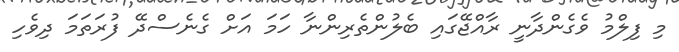
މި ފިލްމު ވެގެންދާނީ ރާއްޖޭގައި ބެލުންތެރިންނާ ހަމަ އަށް ގެނެސްދޭ ފުރަތަމަ ދިވެހި